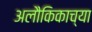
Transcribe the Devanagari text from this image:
अलौकिकाच्या